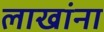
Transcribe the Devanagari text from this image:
लाखांना